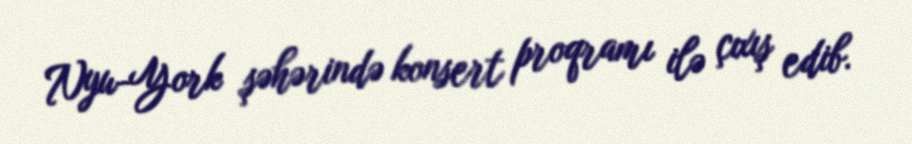
Nyu-York şəhərində konsert proqramı ilə çıxış edib.